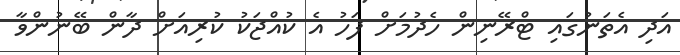
އަދި އެތަނުގައި ޓްރޭނިން ހެދުމަށް ފަހު އެ ކުއްޖަކު ކުރިއަށް ދާން ބޭނުންވާ